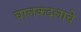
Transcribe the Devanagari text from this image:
चालकदलाचे